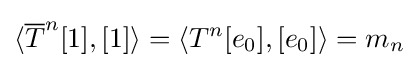
\langle {\overline {T}}^{n}[1],[1]\rangle =\langle T^{n}[e_{0}],[e_{0}]\rangle =m_{n}